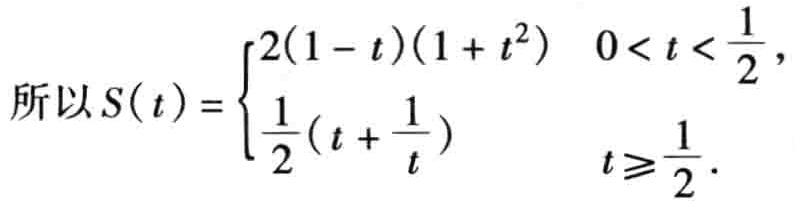
\[

\text{所以}S(t)=

\begin{cases}

2(1 - t)(1 + t^{2}) & 0 < t < \dfrac{1}{2},\\

\dfrac{1}{2}\left(t + \dfrac{1}{t}\right) & t\geqslant\dfrac{1}{2}.

\end{cases}

\]